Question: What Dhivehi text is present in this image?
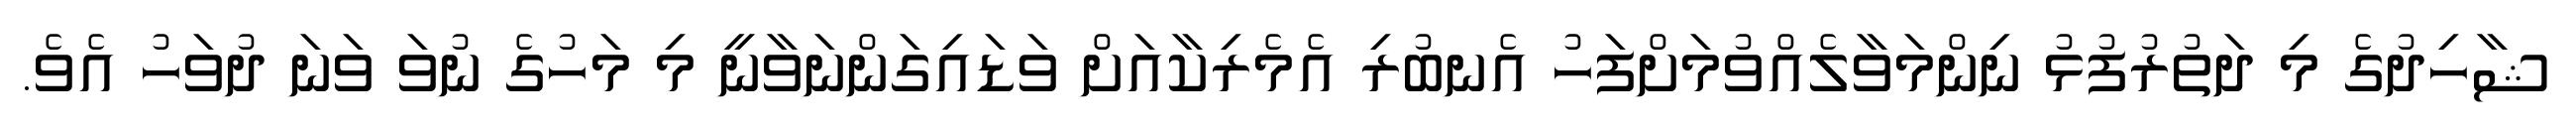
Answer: ޝާހިދުގެ މި ދަތުރުފުޅު ނިންމަވާލެއްވުމަށްފަހު އެނބުރި އެމެރިކާއަށް ވަޑައިގަންނަވާނީ މި މަހުގެ ނުވަ ވަނަ ދުވަހު އެވެ.